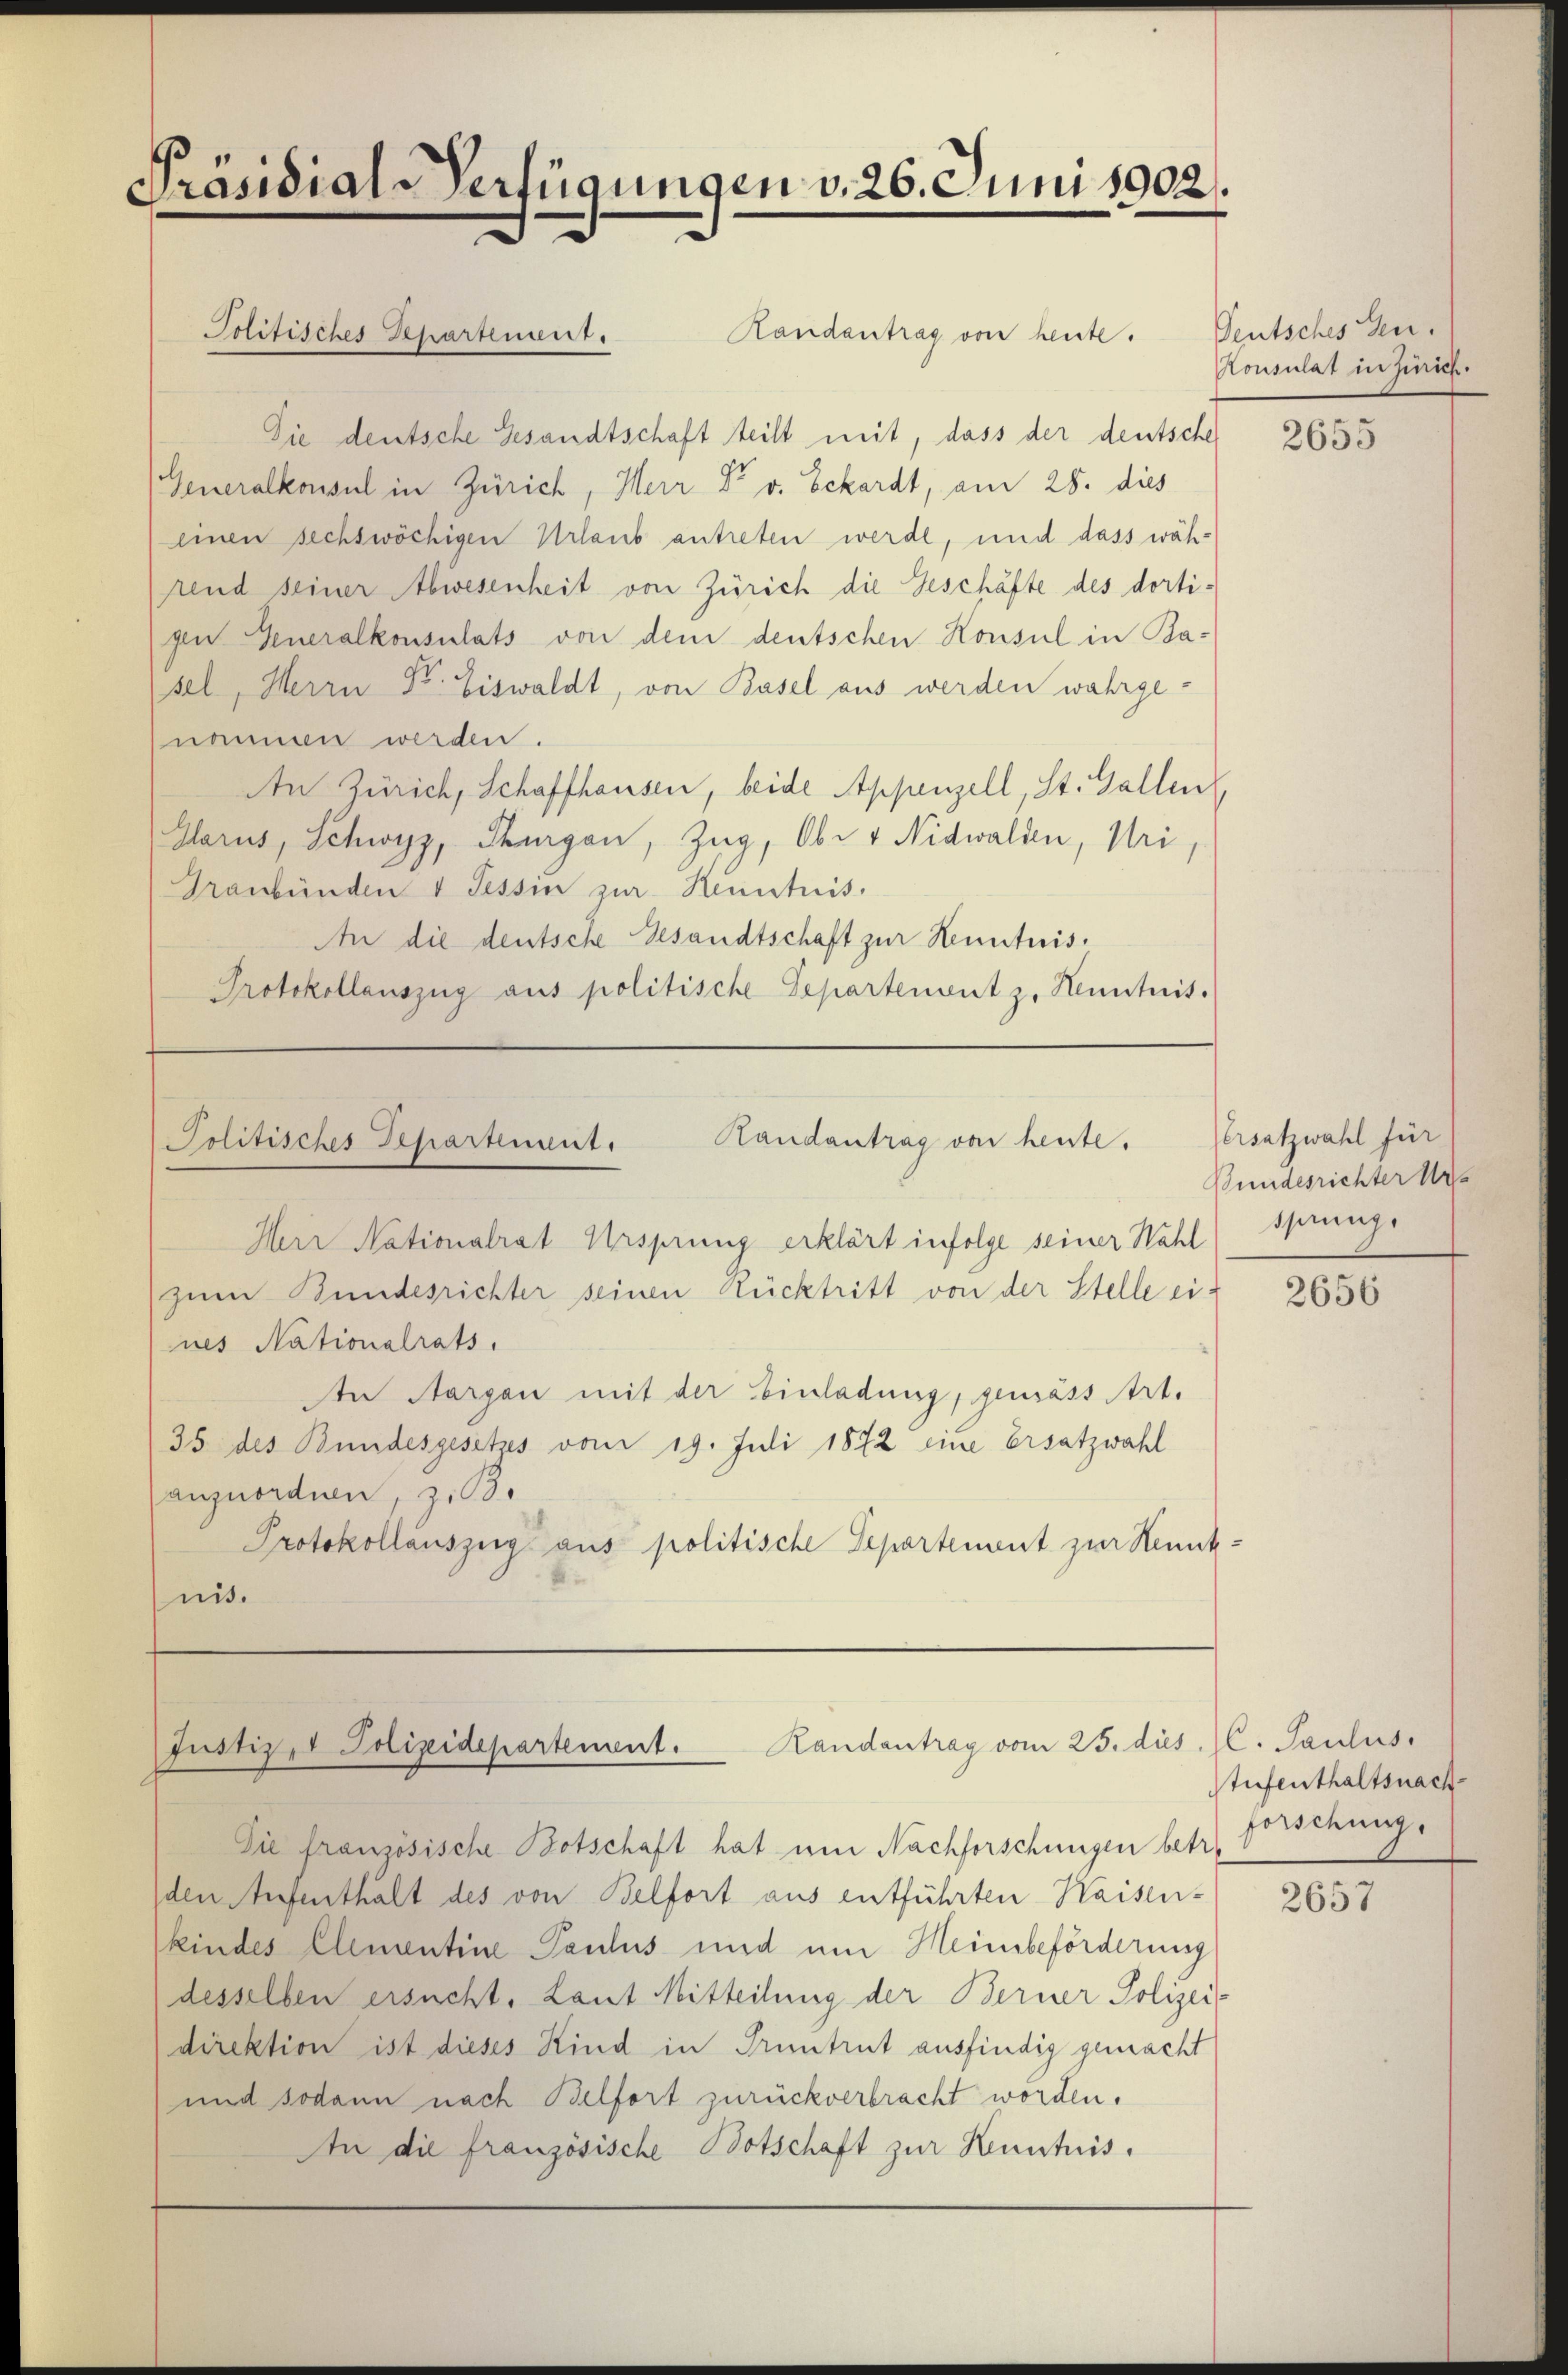
Präsidial-Verfügungen v. 26. Juni 1902.

Politisches Repartement.

Randantrag von heute.
Sie deutsche Gesandtschaft teilt mit, dass der deutsche
Generalkonsul in Zürich, Herr Dr v. Eckardt, am 28. dies
einen sechswöchigen Urlaub antreten werde, und dass während seiner Abwesenheit von Zürich die Geschäfte des dortigen Generalkonsulats von dem deutschen Konsul in Basel, Herrn Dr. Eiswaldt, von Basel aus werden wahrgenommen werden.
An Zürich, Schaffhausen, beide Appenzell, St. Gallen,
Glarus, Schwyz, Thurgau, Zug, Ober Nidwalden, Uri,
Graubünden 4 Tessin zur Kenntnis.
An die deutsche Gesandtschaft zur Kenntnis.
Protokollauszug aus politische Departenant z. Henntnis.

Randantrag von heute.
Politisches Departement.
Herr Nationalrat Ursprung erklärt infolge seiner Wähl

zum Bundesrichter seinen Rücktritt von der Stelle ei-
nes Nationalrats.
An Aargau mit der Einladung, gemäss Art.
35 des Bundesgesetzes vom 19. Juli 1872 eine Ersatzwahl
anzuordnen, z. 3.
Protokollauszeig aus politische Separtement zur Kennt:
nis.

Justiz- & Polizeidepartement. Kandantrag vom 25. dies

Deutsches Gen.
Konsulat in Zürich.

Sie französische Botschaft hat um Nachforschungen betre
den Aufenthalt des von Belfort aus entführten Waisen-
kindes Elementine Paulus und um Heinbeförderung
desselben ersucht. Laut Mitteilung der Berner Polizei-
direktion ist dieses Kind in Truntrut ausfindig gemacht
und sodann nach Belfort zurückverbracht worden.
An die französische Botschaft zur Kenntnis.

2655

Ersatzwahl für
Bundesrichter Urs
shrung.

2656

C. Paulus.
Tufenthaltsnach
forschung.

2657